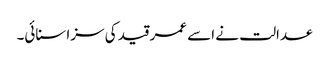
عدالت نے اسے عمر قید کی سزا سنائی۔